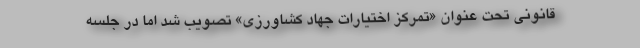
قانونی تحت عنوان «تمرکز اختیارات جهاد کشاورزی» تصویب شد اما در جلسه